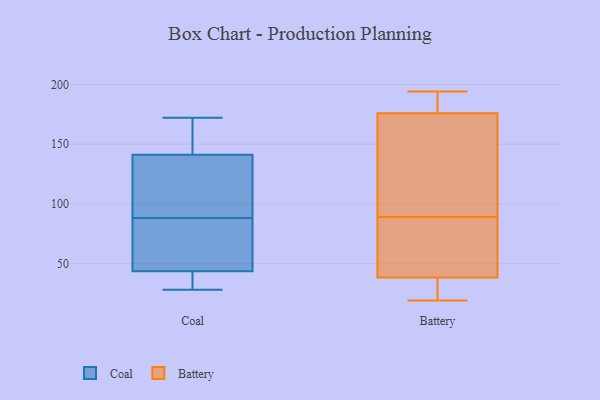
{"axis": {"x": "Revenue (USD Million)", "y": "Value"}, "legend": ["Battery", "Coal"], "data": [{"x": "", "y": 160, "type": "Coal"}, {"x": "", "y": 124, "type": "Coal"}, {"x": "", "y": 28, "type": "Coal"}, {"x": "", "y": 172, "type": "Coal"}, {"x": "", "y": 53, "type": "Coal"}, {"x": "", "y": 158, "type": "Coal"}, {"x": "", "y": 39, "type": "Coal"}, {"x": "", "y": 105, "type": "Coal"}, {"x": "", "y": 149, "type": "Coal"}, {"x": "", "y": 39, "type": "Coal"}, {"x": "", "y": 83, "type": "Coal"}, {"x": "", "y": 81, "type": "Coal"}, {"x": "", "y": 29, "type": "Coal"}, {"x": "", "y": 93, "type": "Coal"}, {"x": "", "y": 133, "type": "Coal"}, {"x": "", "y": 100, "type": "Coal"}, {"x": "", "y": 48, "type": "Coal"}, {"x": "", "y": 158, "type": "Coal"}, {"x": "", "y": 82, "type": "Coal"}, {"x": "", "y": 31, "type": "Coal"}, {"x": "", "y": 180, "type": "Battery"}, {"x": "", "y": 163, "type": "Battery"}, {"x": "", "y": 189, "type": "Battery"}, {"x": "", "y": 187, "type": "Battery"}, {"x": "", "y": 33, "type": "Battery"}, {"x": "", "y": 81, "type": "Battery"}, {"x": "", "y": 19, "type": "Battery"}, {"x": "", "y": 66, "type": "Battery"}, {"x": "", "y": 20, "type": "Battery"}, {"x": "", "y": 194, "type": "Battery"}, {"x": "", "y": 121, "type": "Battery"}, {"x": "", "y": 54, "type": "Battery"}, {"x": "", "y": 89, "type": "Battery"}, {"x": "", "y": 28, "type": "Battery"}, {"x": "", "y": 110, "type": "Battery"}]}